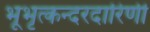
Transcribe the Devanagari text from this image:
भूभृत्कन्दरदारिणी